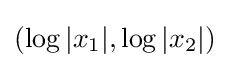
(\log |x_{1}|,\log |x_{2}|)